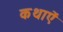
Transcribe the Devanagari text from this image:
कथाऐं